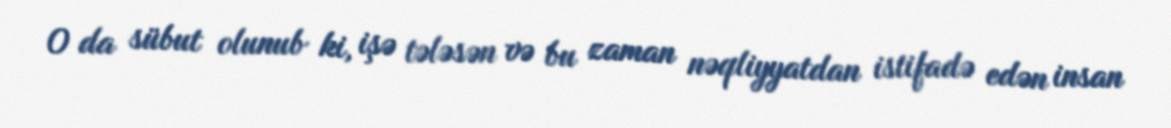
O da sübut olunub ki, işə tələsən və bu zaman nəqliyyatdan istifadə edən insan